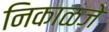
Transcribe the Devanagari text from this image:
निकाळजे